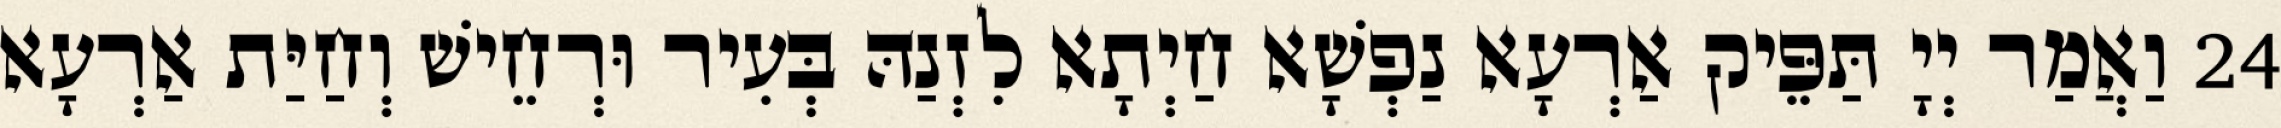
24 וַאֲמַר יְיָ תַּפֵּיק אַרְעָא נַפְשָׁא חַיְתָא לִזְנַהּ בְּעִיר וּרְחֵישׁ וְחַיַּת אַרְעָא